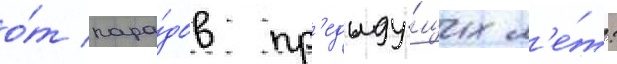
о́т пара́дов пр'едыду́щих л'е́т: